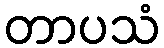
တာပသံ